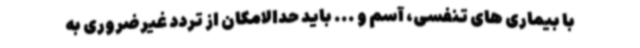
با بیماری های تنفسی، آسم و ... باید حدالامکان از تردد غیرضروری به